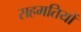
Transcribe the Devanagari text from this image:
सहमतियों